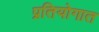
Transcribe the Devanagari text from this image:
प्रतियोगात